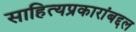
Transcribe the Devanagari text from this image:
साहित्यप्रकारांबद्दल